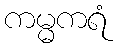
ကမ္မကရံ